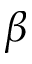
\beta